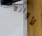
لأوانه